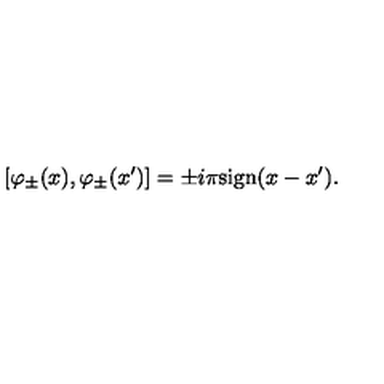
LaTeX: [ \varphi _ { \pm } ( x ) , \varphi _ { \pm } ( x ^ { \prime } ) ] = \pm i \pi \mathrm { s i g n } ( x - x ^ { \prime } ) .